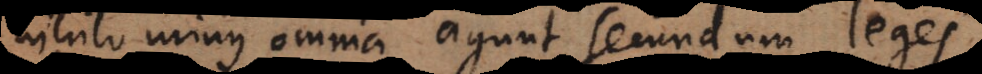
nihilo minus omnia agunt secundum leges